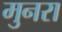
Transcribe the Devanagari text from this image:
मुनरा